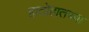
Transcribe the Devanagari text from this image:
हातोहातच्या